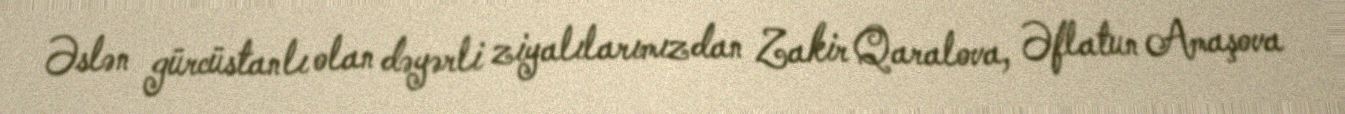
Əslən gürcüstanlı olan dəyərli ziyalılarımızdan Zakir Qaralova, Əflatun Amaşova